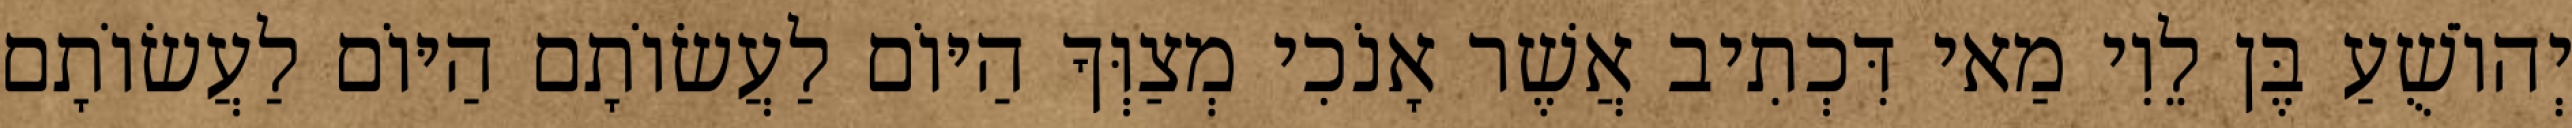
יְהוֹשֻׁעַ בֶּן לֵוִי מַאי דִּכְתִיב אֲשֶׁר אָנֹכִי מְצַוְּךָ הַיּוֹם לַעֲשׂוֹתָם הַיּוֹם לַעֲשׂוֹתָם